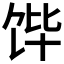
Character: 𮩛